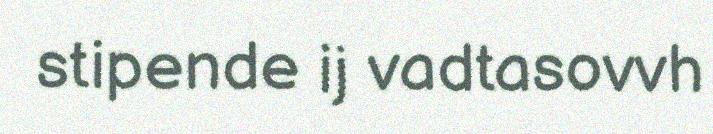
stipende ij vadtasovvh